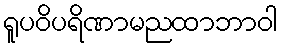
ရူပဝိပရိဏာမညထာဘာဝါ